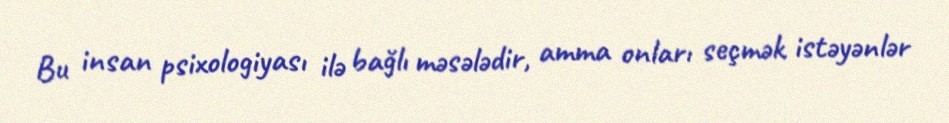
Bu insan psixologiyası ilə bağlı məsələdir, amma onları seçmək istəyənlər